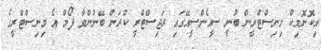
އިކޮނޮމިކް މިނިސްޓްރީން ބުނީ ސީއެންސީއޭގައި ރަޖިސްޓްރީ ކުރަން ބޭނުންވާ ފޯމް އެ މިނިސްޓްރީގެ